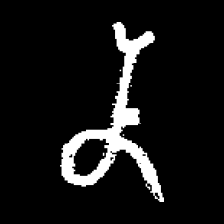
Pyu character \u2014 Myanmar letter: န (romanized: na)